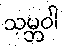
သမ္ဘဝါ